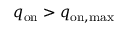
q _ { \mathrm { o n } } > q _ { \mathrm { o n , m a x } }